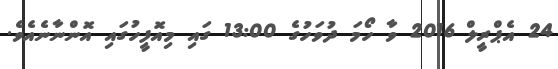
24 އެޕްރީލް 2016 ވާ ހޯމަ ދުވަހުގެ 13:00 ގައި މިއޮފީހުގައި އޮންނާނެއެވެ.